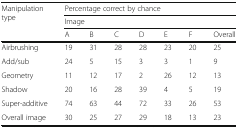
<table><thead><tr><td rowspan="3"><b>Manipulation type</b></td><td colspan="7"><b>Percentage correct by chance</b></td></tr><tr><td colspan="7"><b>Image</b></td></tr><tr><td><b>A</b></td><td><b>B</b></td><td><b>C</b></td><td><b>D</b></td><td><b>E</b></td><td><b>F</b></td><td><b>Overall</b></td></tr></thead><tbody><tr><td>Airbrushing</td><td>19</td><td>31</td><td>28</td><td>28</td><td>23</td><td>20</td><td>25</td></tr><tr><td>Add/sub</td><td>24</td><td>5</td><td>15</td><td>3</td><td>3</td><td>1</td><td>9</td></tr><tr><td>Geometry</td><td>11</td><td>12</td><td>17</td><td>2</td><td>26</td><td>12</td><td>13</td></tr><tr><td>Shadow</td><td>20</td><td>16</td><td>28</td><td>39</td><td>4</td><td>5</td><td>19</td></tr><tr><td>Super-additive</td><td>74</td><td>63</td><td>44</td><td>72</td><td>33</td><td>26</td><td>53</td></tr><tr><td>Overall image</td><td>30</td><td>25</td><td>27</td><td>29</td><td>18</td><td>13</td><td>23</td></tr></tbody></table>